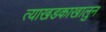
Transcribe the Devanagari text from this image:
त्याखडकाखालुन